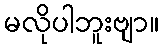
မလိုပါဘူးဗျာ။